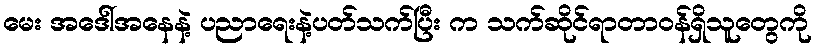
မေး အဒေါ်အနေနဲ့ ပညာရေးနဲ့ပတ်သက်ပြီး က သက်ဆိုင်ရာတာဝန်ရှိသူတွေကို